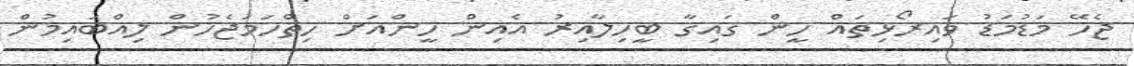
ޖެހޭ މަޑުމަޑު ވައިރޯޅިތައް ހީން ގައިގާ ބީހިލާއިރު އެއިން ހީންއަށް ހިތްހަމަޖެހުން ލިއްބައިމުން